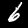
Digit: 6